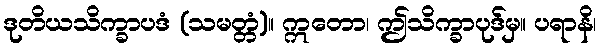
ဒုတိယသိက္ခာပဒံ (သမတ္တံ)။ ဣတော၊ ဤသိက္ခာပုဒ်မှ။ ပရာနိ၊